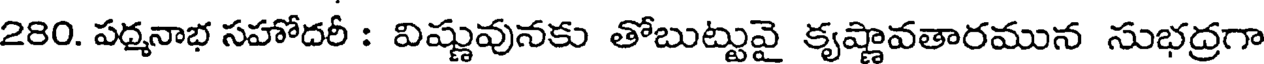
280. పద్మనాభ సహోదరీ : విష్ణువునకు తోబుట్టువై కృష్ణావతారమున సుభద్రగా